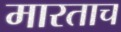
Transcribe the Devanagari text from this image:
मारताच